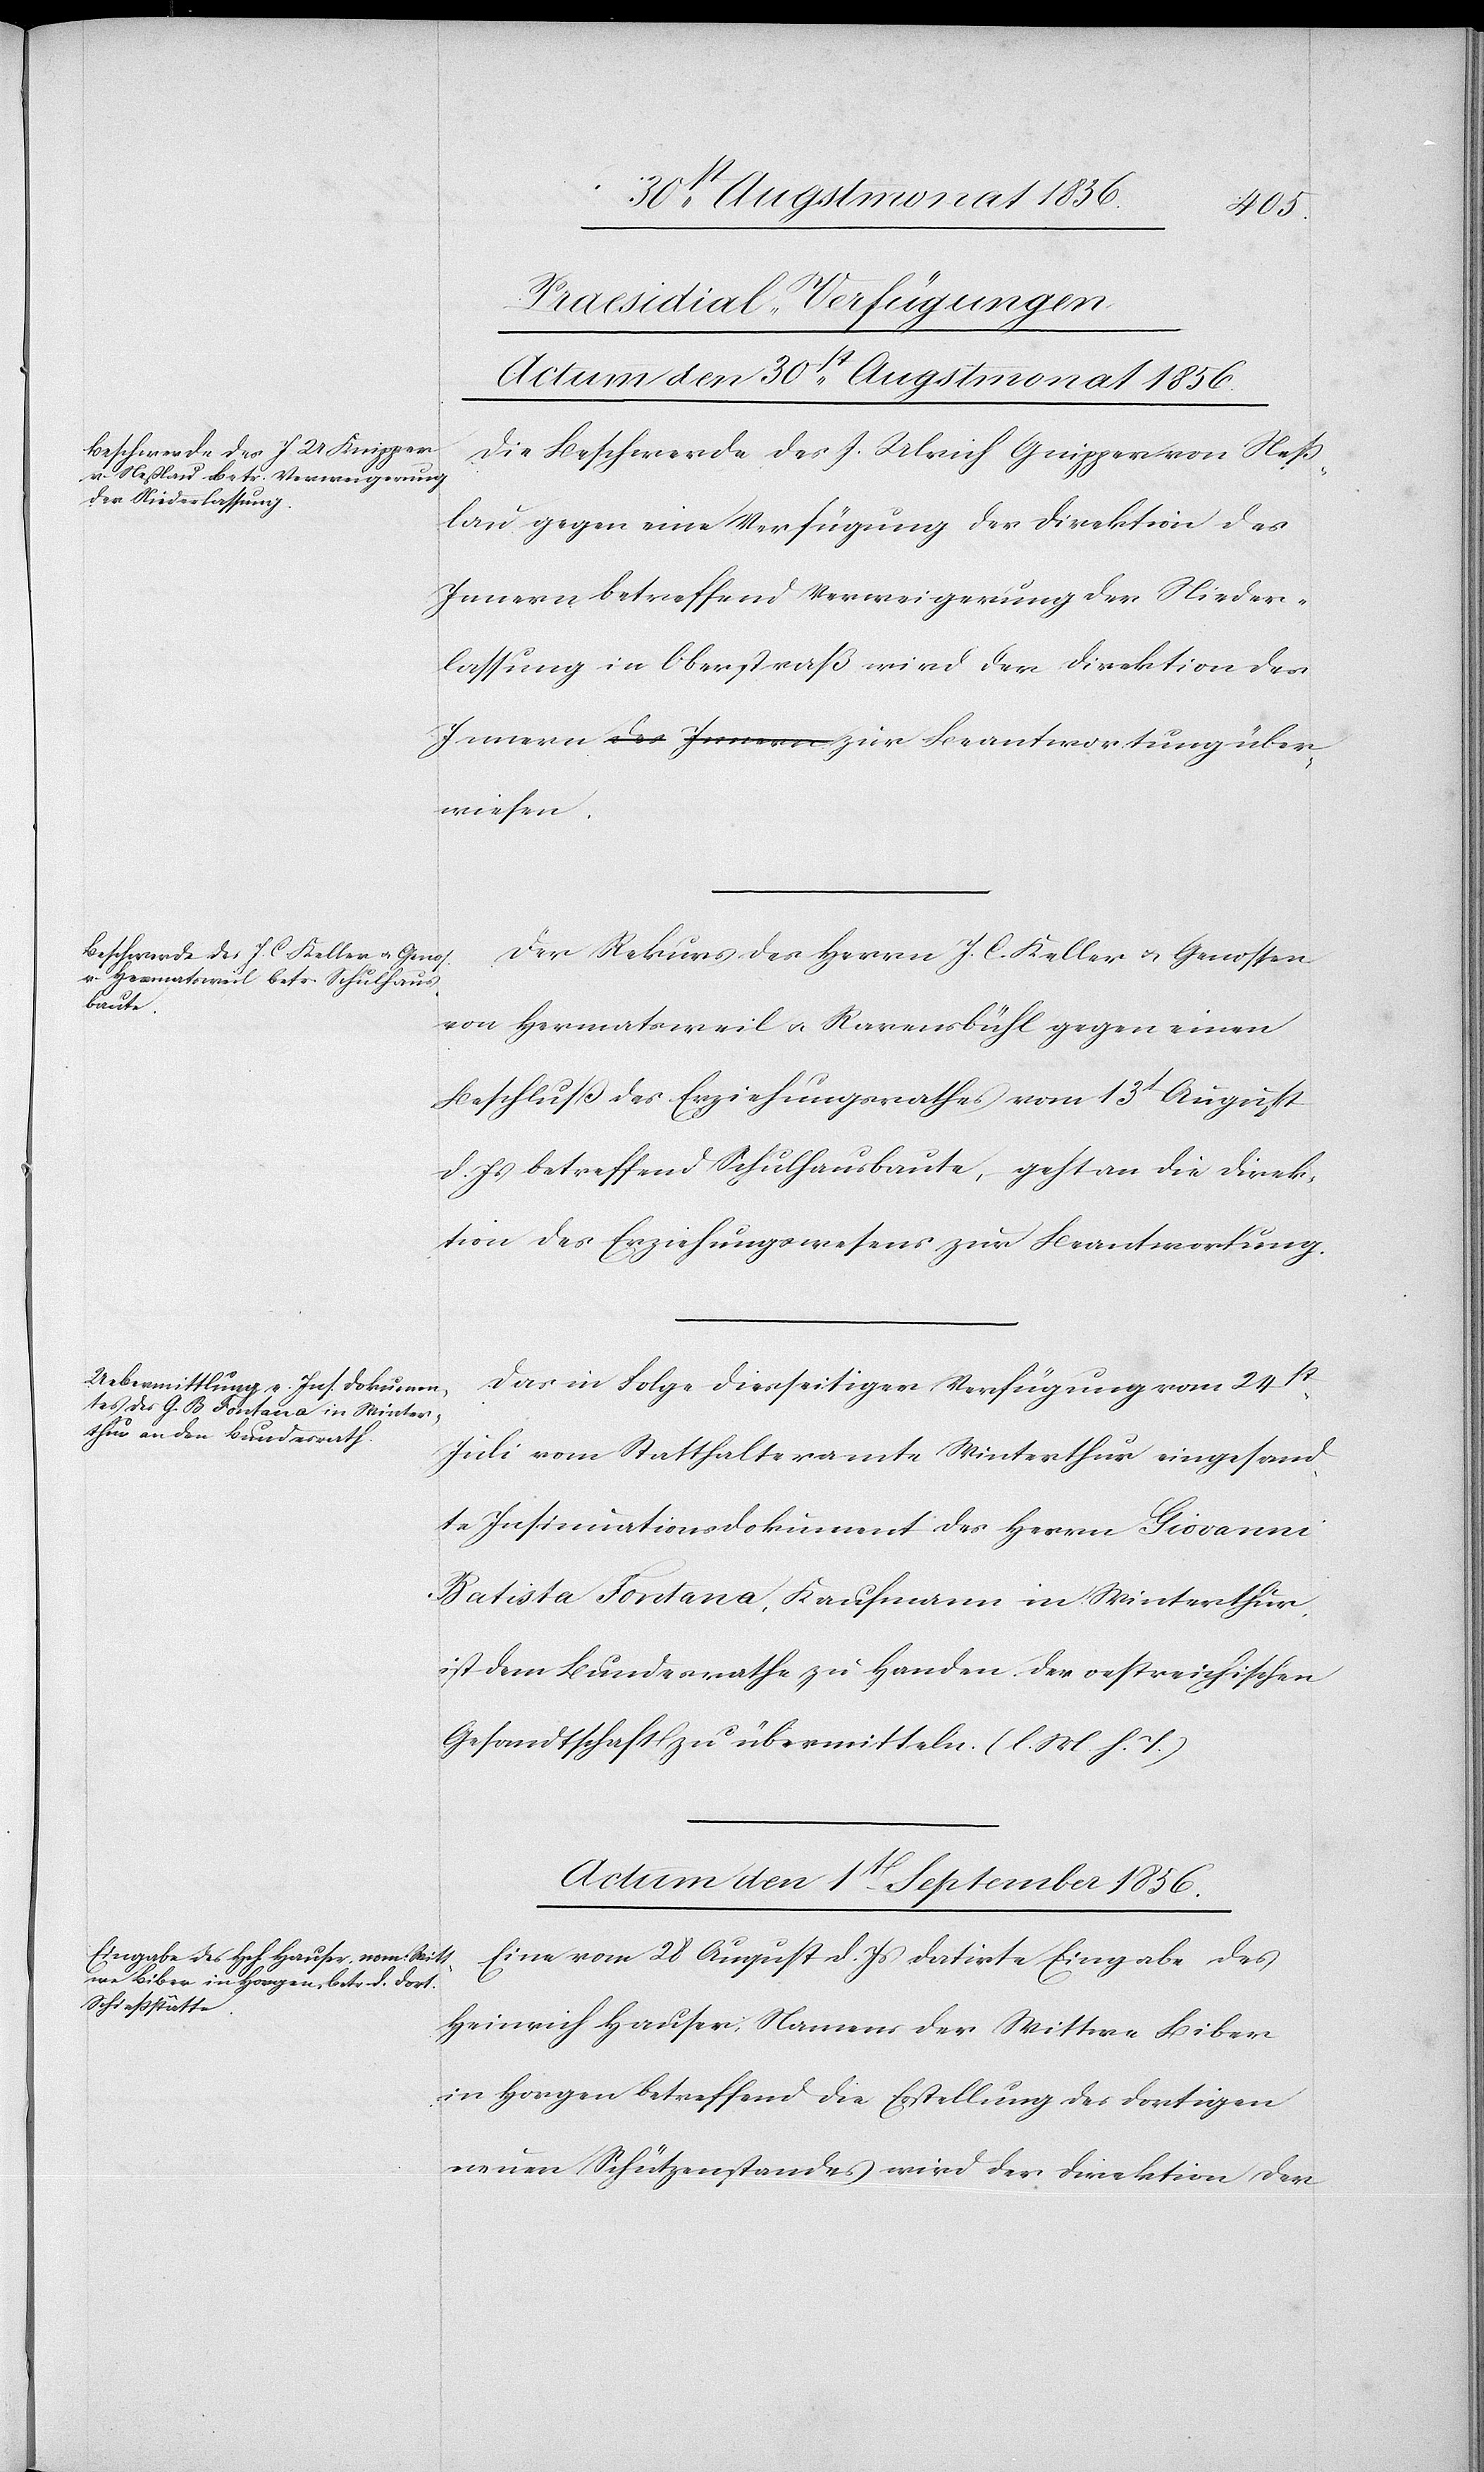
über¬
[Praesidial-Verfügungen]
Actum den 30st Augstmonat 1856.]
Die Beschwerde des J. Ulrich Gnipper [sic!] von Ness¬
lau gegen eine Verfügung der Direktion des
Innern betreffend Verweigerung der Nieder¬
lassung in Oberstraß wird der Direktion des
wiesen.
Der Rekurs des Herrn J. C. Keller u. Genossen
von Hermatsweil u. Ravensbühl gegen einen
Beschluß des Erziehungsrathes vom 13t August
d. Js betreffend Schulhausbaute, geht an die Direk¬
tion des Erziehungswesens zur Beantwortung.
Das in Folge diesseitiger Verfügung vom 24st
Juli vom Statthalteramte Winterthur eingesand¬
te Insinuationsdokument des Herrn Giovanni
Batista Fontana, Kaufmann in Winterthur,
ist dem Bundesrathe zu Handen der oestreichischen
Gesandtschaft zu übermitteln. (l. M. h. T.)
Actum den 1t September 1856.
Eine vom 28 August d. Js datirte Eingabe des
Heinrich Hauser, Namens der Wittwe Biber
in Horgen betreffend die Erstellung des dortigen
neuen Schützenstandes wird der Direktion der